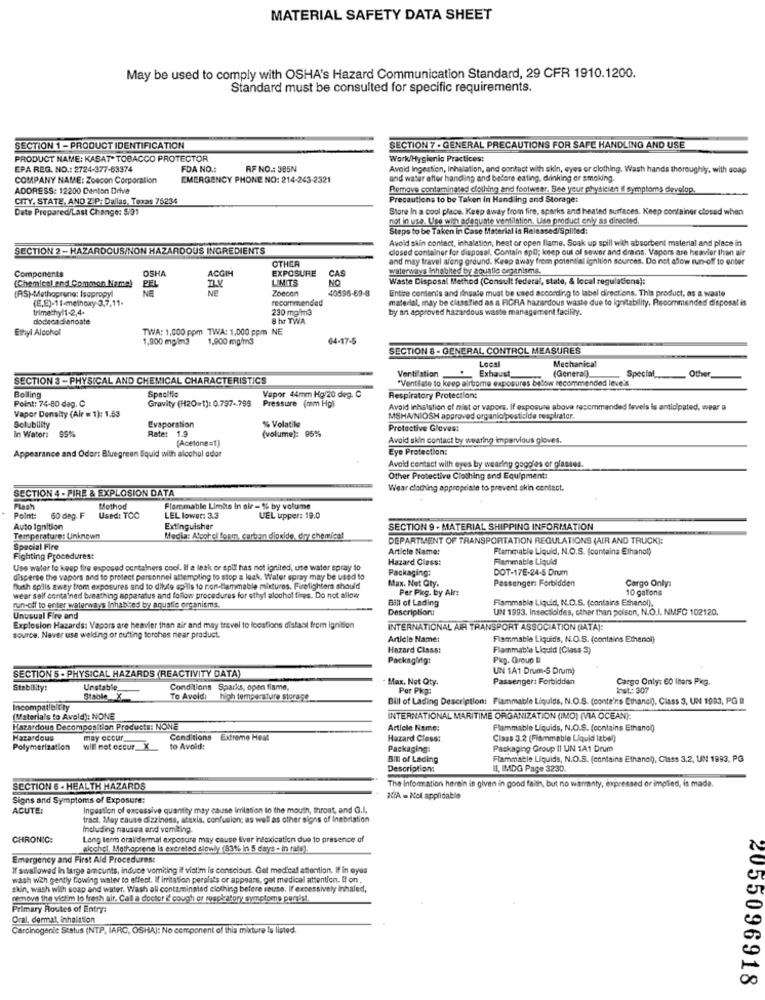
MATERIAL SAFETY DATA SHEET
May be used to comply with OSHA's Hazard Communication Standard, 29 CFR 1910.1200.
Standard must be consulted for specific requirements.
SECTION 1 -PRODUCT IDENTIFICATION
SECTION 7 - GENERAL PRECAUTIONS FOR SAFE HANDLING AND USE
PRODUCT NAME: KABAT- TOBACCO PROTECTOR
Work/Hygienic Practices:
EPA REG. NO .: 2724-377-63374
FDA NO .:
RF NO .: 385N
Avoid Ingestion, Inhalation, and contact with skin, eyes or clothing. Wash hands thoroughly, with soap
COMPANY NAME: Zoecon Corporation
EMERGENCY PHONE NO: 214-243-2321
and water after handling and before eating, drinking or smoking.
ADDRESS: 12200 Denton Drive
Remove contaminated clothing and footwear. See your physician if symptoms develop.
CITY, STATE, AND ZIP: Dallas, Texas 75234
Precautions to be Taken in Handling and Storage:
Date Prepared/Last Change: 5/91
Store in a cool place. Keep away from fire, aparks and heated surfaces. Keep container closed when
not in use. Use with adequate ventilation. Use product only as dinected.
Steps to be Taken in Case Material is Released/Spilled:
Avoid skin contact, inhalation, heat or open flame. Soak up spill with absorbent material and place in
SECTION 2- HAZARDOUS/NON HAZARDOUS INGREDIENTS
closed container for disposal, Contain spil; keep out of sewer and drains. Vapors are heavier than air
OTHER
and may travel along ground. Keep away from potential ignition sources. Do not afow run-off to enter
Components
OSHA
ACGI
EXPOSURE
waterways inhabited by aquatic organisms.
[Chemical and Common Name)
LIMITS
CAS
NO
Waste Disposal Method (Consult federal, state, & local regulations):
(RS)-Methoprune: Isopropyl
PEL
NE
Zoecon
40596-69-8
Entire contents and dinsale must be used according to label directions. This product, os a waste
(E,E)-11-methoxy-3,7,11-
recommended
material, may be classified as a FICHA hazardous waste due to Ignitability. Recommended disposat is
trimethyl1-2,4.
230 malm3
by an approved hazardous waste management facility.
dodecadi enoate
8 hr TWA
Ethyl Alcohol
TWA: 1,000 ppm TWA: 1,000 ppm NE
1,800 mgim3
1,900 mg/m3
64-17-5
SECTION & - GENERAL CONTROL MEASURES
Local
Mechanical
Exhaust_
(General).
Other
SECTION 3 - PHYSICAL AND CHEMICAL CHARACTERISTICS
Ventilation
"Ventlate to keep airborne exposures below recommended leve's.
Special
Bolling
Point: 74-80 dag. C
Specifio
Gravity (H2O=1): 0.797 -. 795
Pressure (mm Hg)
Vapor 44mm Hg/20 deg. C
Respiratory Protection;
Vapor Density (Alr = 1): 1.53
Avaid inhalation of mist or vapors. If exposure above recommended levels is anticipated, wear a
% Volatile
MSHA/NIOSH approved organic/pesticide respirator.
in Water:
Solubility
95%
Evaporation
Rate: 1.9
Protective Gloves:
(Acetone=1)
(volume): 95%%
Avoid skin contact by wearing impervious gloves.
Eye Protection:
Appearance and Odor: Bluegreen Squid with alochol ador
Avoid contact with eyes by wearing gogoies or classes.
Other Protective Clothing and Equipment:
SECTION 4 - FIRE & EXPLOSION DATA
Wear clothing appropriate to prevent skin contect.
Method
Flammatile Limits In air - % by volume
Point:
60 dag. F.
Used: TCC
LEL lower: 3.3
UEL upper: 19.0
Auto ignition
Extinguisher
SECTION 9 . MATERIAL SHIPPING INFORMATION
Temperature: Unknown
Media: A'porel form, carbon dioxide, dry chemical
DEPARTMENT OF TRANSPORTATION REGULATIONS (AIR AND TRUCK):
Special Fire
Article Name:
Flammable Liquid, N.O.S. (contains Ethanol)
Fighting Procedures:
Hazard Class:
Flammable Liquid
Use waler to keep fire exposed containers cool. If a leak or spill has not ignited, use water spray to
Packaging:
DOT-17E-24-5 Drum
disperse the vapors and to protect personnel attempting to stop a leak. Water spray may be used to
Max. Net Qty.
Passenger: Forbidden
Cargo Only:
Both spills away from exposures and to dilute spills to rom-flammable mixtures. Firefighters should
Per Pkg. by Air:
10 gallons
wear self contained breathing apparatus and follow procedures for ethyl alochol fines. Do not allow
Bill of Lading
Flammable Liquid, N.O.S. (contains Ethanol).
run-off to enter waterways Inhabited by aquatic organisms.
Description:
UN 1993. Insecticides, other than poison, N.O.I. NMFC 102120.
Unusual Fire and
Explosion Hazards: Vapors are heavier than air and may travel to locations distant from ignition
INTERNATIONAL AIR TRANSPORT ASSOCIATION (ATA):
source. Never use welding or cutting torches near product.
Article Name:
Flammable Liquidis, N.O.S. (contains Ethanol)
Hazard Class:
Flammable Liquid (Class 3)
Packaging:
Pig. Group li
UN 1A1 Drum-S Drum)
SECTION S - PHYSICAL HAZARDS (REACTIVITY DATA)
Max. Not Qty
Passenger: Forbidden
Cargo Only: 60 Ihors Pkg.
Stability:
Unstable
Conditions Sparks, open flame,
Per Pkg:
Inst: 307
Stable X
To Avoid: high temperature storage
Bill of Lading Description: Flammable Liquids, N.O.S. (contains Ethanol), Class 3, UN 1983, PG
Incompatibility
(Materials to Avoid): NONE
INTERNATIONAL MARITIME ORGANIZATION (IMO) (VIA OCEAN):
Hazardous Decomposition Products: NOWE
Article Name:
Flammable Liquids, N.O.S. (contains Ethanol)
Hazardous
may occur
Conditions
Extreme Heat
Hazard Class:
Claas 3.2 (Flammable Liquid label)
Polymerization
will not occur_X
to Avoid:
Packaging:
Packaging Group II UN 1A1 Drum
Bill of Lading
Flammable Liquids, N.O.S. (contains Ethanol), Class 3.2, UN 1993, PG
Description:
11, IMDG Page 3230.
SECTION 6 - HEALTH HAZARDS
The Information herein is given in good faith, but no warranty, expressed or implied, is made.
Signs and Symptoms of Exposure:
XIA = Nol applicable
ACUTE:
Ingestion of excessive quantity may cause Irrilation to the mouth, throat, and G.L.
tract. May cause dizziness, ataxis, confusion; as well as other signs of Inebriation
Including nausea and vomiting.
CHRONIC:
Long term oral/dermal exposure may cause liver intoxication due to presence of
alochol, Methoprene Is excreted slowly (83% in 5 days . in rate).
Emergency and First Aid Procedures:
If swallowed in large amounts, induce vomiting if viai'm is conscious. Get medical attention. If in eyes
wash with gently towing water to affect. If irritation persists or appears, got medical attention. If on.
skin, wash with soap and water. Wash all contaminated clothing before rouse. If excessively inhaled,
remove the victim lo fresh air. Call a doctor i' cough or soapkatory symptoms pursist.
Primary Routes of Entry:
Oral, dermal, inhalation
Carcinogenic Status (NTP, IARC, OSHA]: No component of this mixture is listed.
2055096918